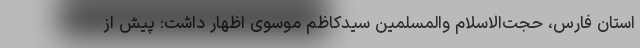
استان فارس، حجت‌الاسلام والمسلمین سیدکاظم موسوی اظهار داشت: پیش از